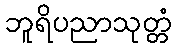
ဘူရိပညာသုတ္တံ